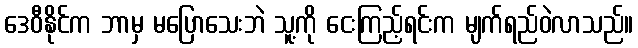
ဒေဝီနိုင်က ဘာမှ မပြောသေးဘဲ သူ့ကို ငေးကြည့်ရင်းက မျက်ရည်ဝဲလာသည်။